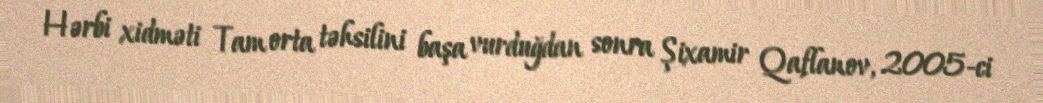
Hərbi xidməti Tam orta təhsilini başa vurduğdan sonra Şixamir Qaflanov, 2005-ci